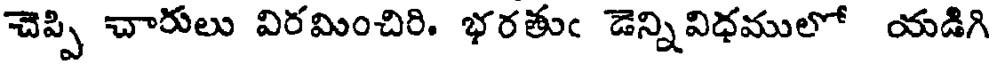
చెప్పి చారులు విరమించిరి. భరతుఁ డెన్నివిధములో యడిగి